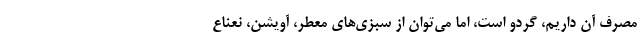
مصرف آن داریم، گردو است، اما می‌توان از سبزی‌های معطر، آویشن، نعناع